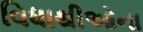
વિધાથીઓના